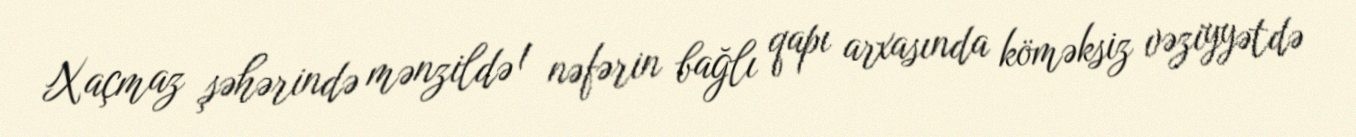
Xaçmaz şəhərində mənzildə 1 nəfərin bağlı qapı arxasında köməksiz vəziyyətdə